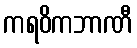
ကရဝိကဘာဏီ